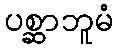
ပစ္ဆာဘူမံ